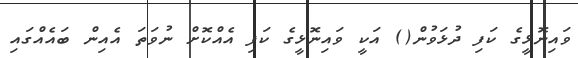
ވައިނޮޅީގެ ކަފި ދުޅަވުން() އަކީ ވައިނޮޅީގެ ކަފި އެއްކޮށް ނުވަތަ އެއިން ބައެއްގައި